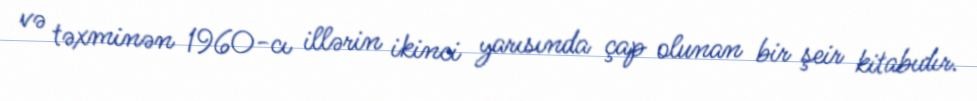
və təxminən 1960-cı illərin ikinci yarısında çap olunan bir şeir kitabıdır.